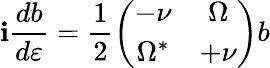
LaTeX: \mathbf{i}\frac{{db}}{{d\varepsilon}}=\frac{{1}}{{2}}\left(\begin{array}{cc}{-\nu}&{\Omega}\\ {\Omega^{\ast}}&{+\nu}\end{array}\right)b